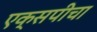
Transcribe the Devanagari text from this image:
एक्सपीचा